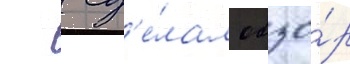
  сд'е́лал обзо́р